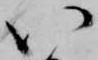
い